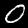
Label: 0